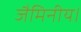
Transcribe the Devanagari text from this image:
जैमिनीय।